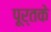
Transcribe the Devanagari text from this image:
पूर्तके